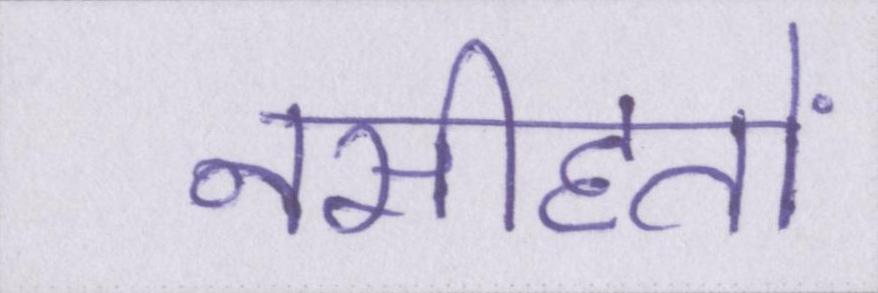
नसीहतों